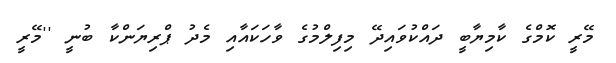
މޭރީ ކޮމްގެ ކާމިޔާބީ ދައްކުވައިދޭ މިފިލްމުގެ ވާހަކައާއި މެދު ޕްރިޔަންކާ ބުނީ ''މޭރީ